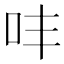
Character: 㕩